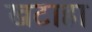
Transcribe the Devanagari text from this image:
खटाहा